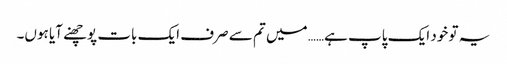
یہ تو خود ایک پاپ ہے…… میں تم سے صرف ایک بات پوچھنے آیا ہوں۔